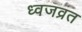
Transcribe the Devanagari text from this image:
ध्वजव्रत